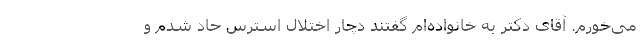
می‌خورم. آقای دکتر به خانواده‌ام گفتند دچار اختلال استرس حاد شدم و